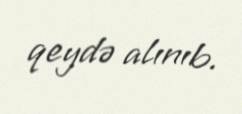
qeydə alınıb.